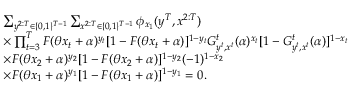
\begin{array} { r l } & { \sum _ { y ^ { 2 : T } \in \{ 0 , 1 \} ^ { T - 1 } } \sum _ { x ^ { 2 : T } \in \{ 0 , 1 \} ^ { T - 1 } } \phi _ { x _ { 1 } } ( y ^ { T } , x ^ { 2 : T } ) } \\ & { \times \prod _ { t = 3 } ^ { T } F ( \theta x _ { t } + \alpha ) ^ { y _ { t } } [ 1 - F ( \theta x _ { t } + \alpha ) ] ^ { 1 - y _ { t } } G _ { y ^ { t } , x ^ { t } } ^ { t } ( \alpha ) ^ { x _ { t } } [ 1 - G _ { y ^ { t } , x ^ { t } } ^ { t } ( \alpha ) ] ^ { 1 - x _ { t } } } \\ & { \times F ( \theta x _ { 2 } + \alpha ) ^ { y _ { 2 } } [ 1 - F ( \theta x _ { 2 } + \alpha ) ] ^ { 1 - y _ { 2 } } ( - 1 ) ^ { 1 - x _ { 2 } } } \\ & { \times F ( \theta x _ { 1 } + \alpha ) ^ { y _ { 1 } } [ 1 - F ( \theta x _ { 1 } + \alpha ) ] ^ { 1 - y _ { 1 } } = 0 . } \end{array}